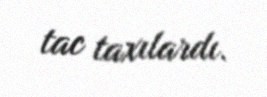
tac taxılardı.